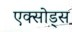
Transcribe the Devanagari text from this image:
एक्सोड्स